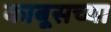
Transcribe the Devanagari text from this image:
काबूसच्या